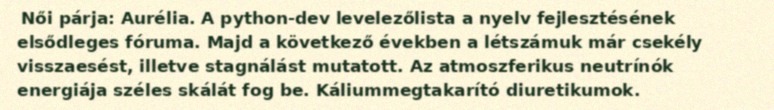
Női párja: Aurélia. A python-dev levelezőlista a nyelv fejlesztésének elsődleges fóruma. Majd a következő években a létszámuk már csekély visszaesést, illetve stagnálást mutatott. Az atmoszferikus neutrínók energiája széles skálát fog be. Káliummegtakarító diuretikumok.